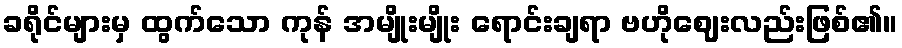
ခရိုင်များမှ ထွက်သော ကုန် အမျိုးမျိုး ရောင်းချရာ ဗဟိုဈေးလည်းဖြစ်၏။